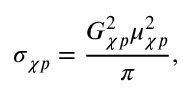
\sigma _ { \chi p } = { \frac { G _ { \chi p } ^ { 2 } \mu _ { \chi p } ^ { 2 } } { \pi } } ,